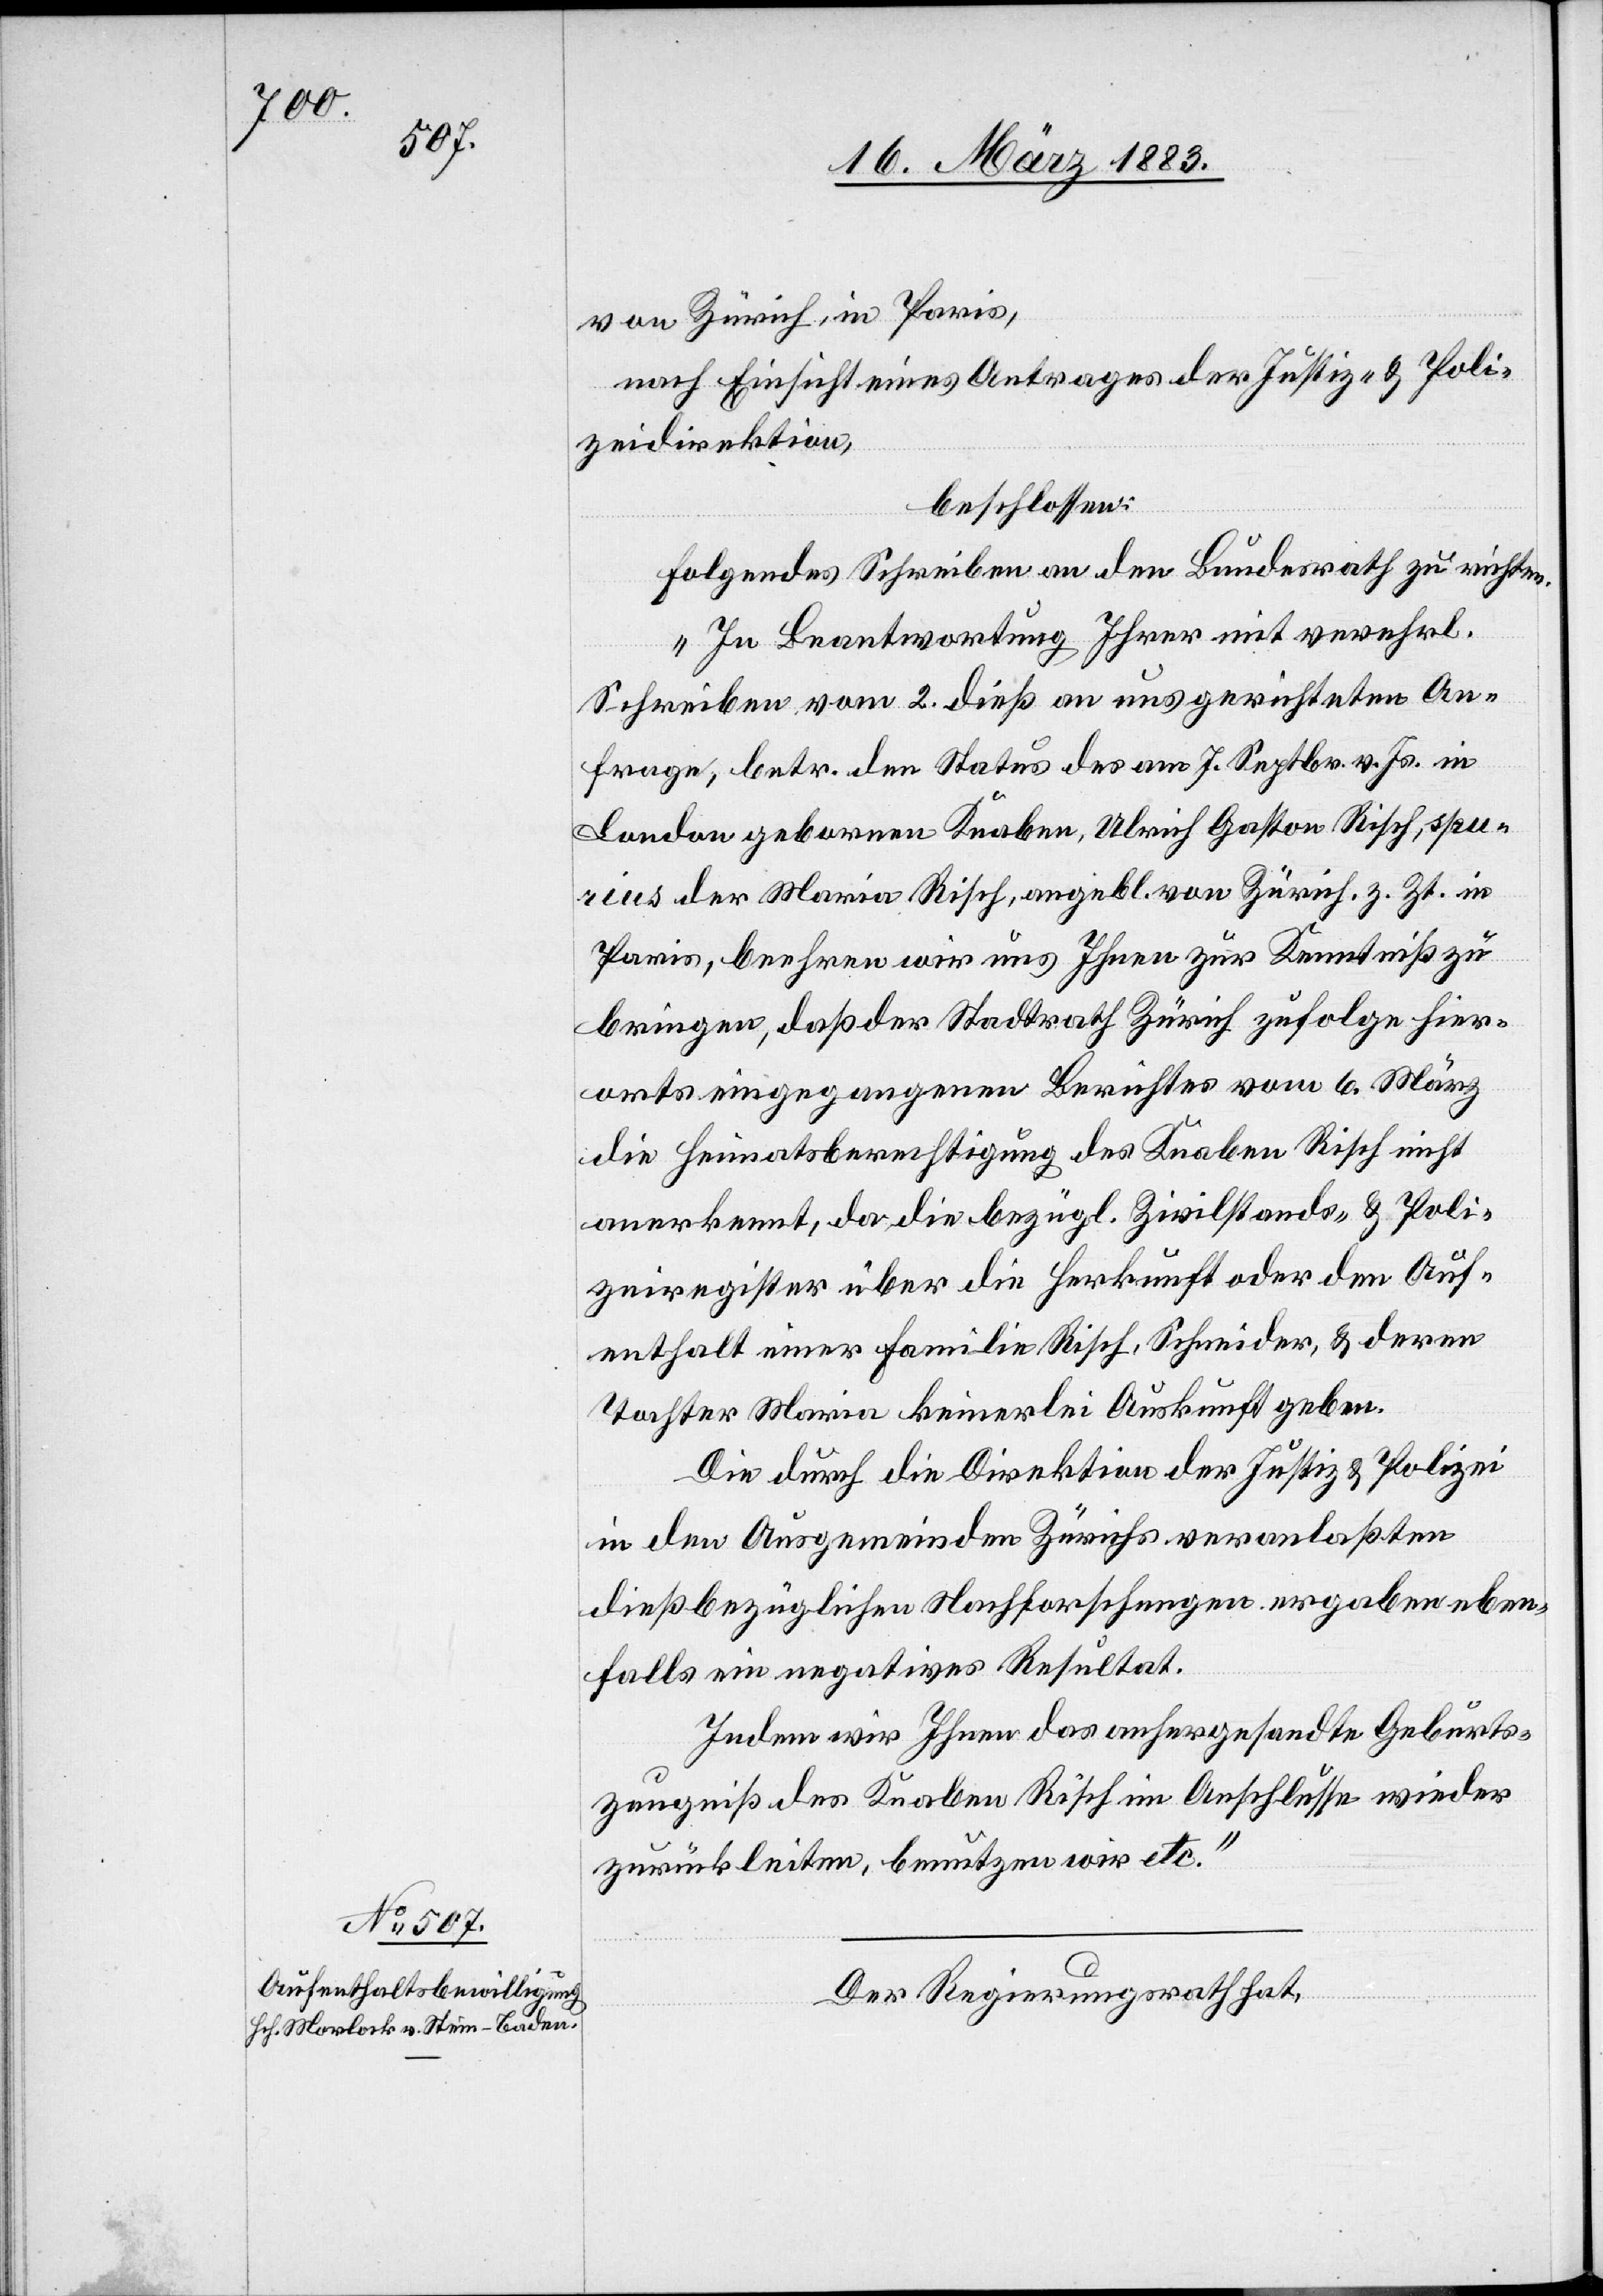
nach Einsicht eines Antrages der Direktion des
Der Regierungsrath,